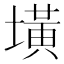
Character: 墴